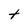
Character: t